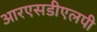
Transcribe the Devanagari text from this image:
आरएसडीएलपी